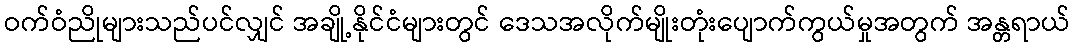
ဝက်ဝံညိုများသည်ပင်လျှင် အချို့နိုင်ငံများတွင် ဒေသအလိုက်မျိုးတုံးပျောက်ကွယ်မှုအတွက် အန္တရာယ်